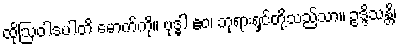
ထိုဩဝါဒပါတိ မောက်ကို။ ဗုဒ္ဓါ ဧဝ၊ ဘုရားရှင်တို့သည်သာ။ ဥဒ္ဒိသန္တိ၊